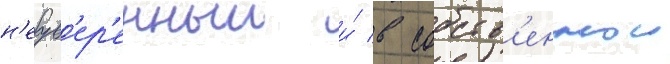
н'еув'ер'енныи и́ в собств'еннои